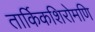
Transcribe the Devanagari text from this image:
तार्किकशिरोमणि